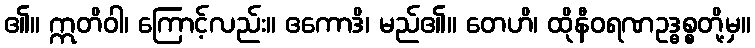
၏။ ဣတိဝါ၊ ကြောင့်လည်း။ ဧကောဒိ၊ မည်၏။ တေဟိ၊ ထိုနီဝရဏဥဒ္ဓစ္စတို့မှ။